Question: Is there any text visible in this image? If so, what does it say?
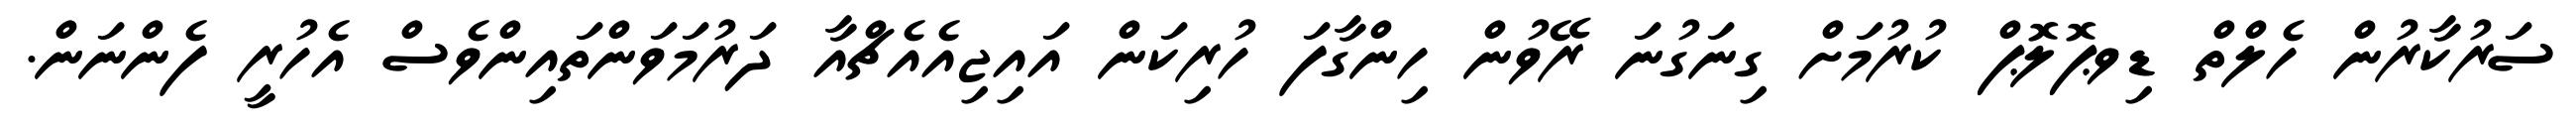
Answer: ސަރުކާރުން ހެލްތް ޑިވޕޮލޮޕް ކުރުމަށް ގިނަގުނަ ރޭވުން ހިންގާފަ ހުރިކަން އައިޖިއެއެޗްއާ ދަރުމަވަންތައިންވެސް އެހުރީ ފެންނަން.